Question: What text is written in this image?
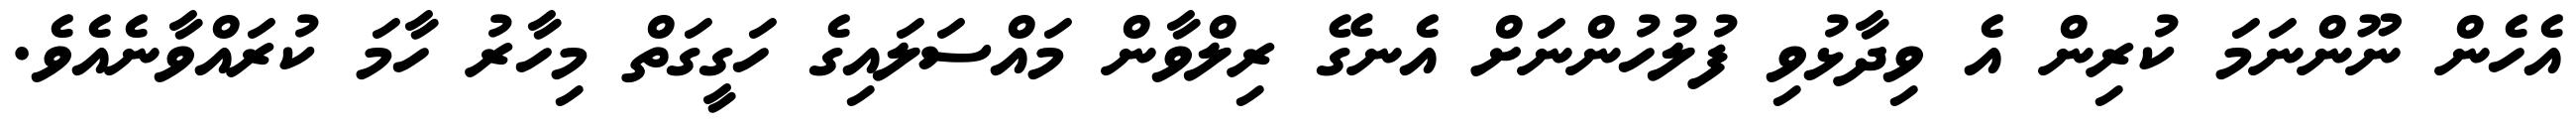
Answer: އެހެން ނޫންނަމަ ކުރިން އެ ވިދާޅުވި ފުލުހުންނަށް އެނގޭ ރިލްވާން މައްސަލައިގެ ހަގީގަތް މިހާރު ހާމަ ކުރައްވާނެއެވެ.